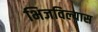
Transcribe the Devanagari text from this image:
भिजविल्यास